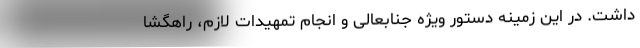
داشت. در این زمینه دستور ویژه جنابعالی و انجام تمهیدات لازم، راهگشا